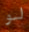
لو